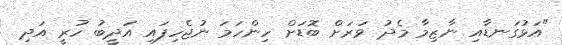
"އަޅުގަނޑާއި ނާޒިމާ މެދު ވަރަށް ބޮޑަށް ހިންހަމަ ނުޖެހިފައި އަދީބު ހުރީ އަދި